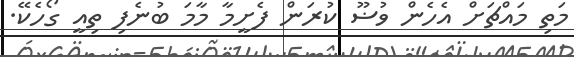
މަތި މައްޗަށް އެހެން ވުޟޫ ކުރަން ފެށީމާ މާމަ ބުނެފި ތިއީ ގޯހެކޭ.